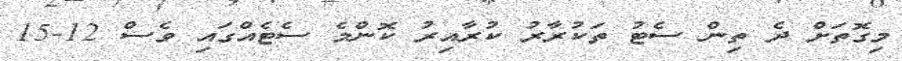
މިގޮތަށް ދެ ތިން ސެޓު ތަކުރާރު ކުރާއިރު ކޮންމެ ސެޓެއްގައި ވެސް 12-15